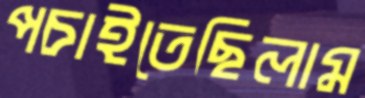
পচাইতেছিলাম